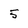
Character: 5